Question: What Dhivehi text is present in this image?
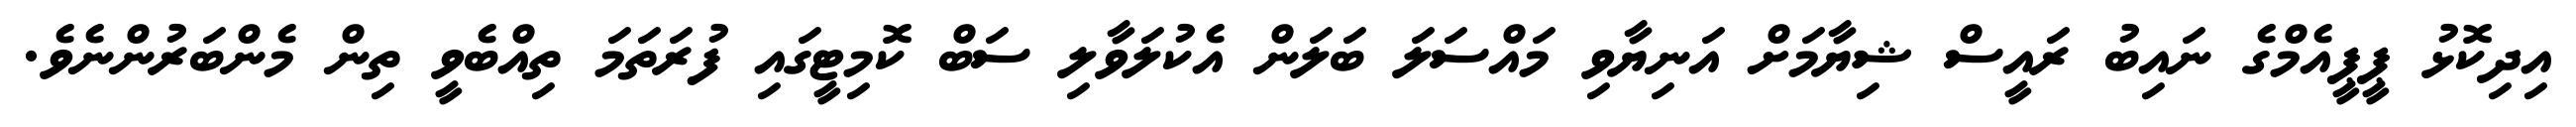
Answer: އިދިކޮޅު ޕީޕީއެމްގެ ނައިބު ރައީސް ޝިޔާމަށް އަނިޔާވި މައްސަލަ ބަލަން އެކުލަވާލި ސަބް ކޮމިޓީގައި ފުރަތަމަ ތިއްބެވީ ތިން މެންބަރުންނެވެ.